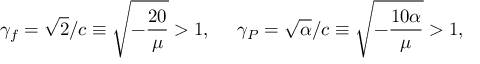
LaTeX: \gamma _ { f } = \sqrt { 2 } / c \equiv \sqrt { - \frac { 2 0 } { \mu } } > 1 , ~ ~ ~ ~ \gamma _ { P } = \sqrt { \alpha } / c \equiv \sqrt { - \frac { 1 0 \alpha } { \mu } } > 1 ,